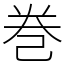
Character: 巻